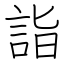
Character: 詣